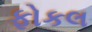
ફોકલ